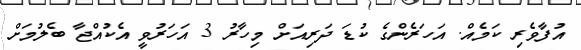
އުފާވެރި ކަމެއް. އަހަރެންގެ ކުޑަ ދަރިއަށް މިހާރު 3 އަހަރުވީ އެކުއްޖާ ބެލުމަށް